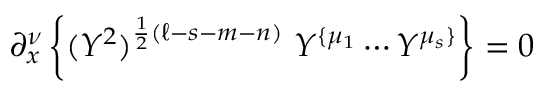
\partial _ { x } ^ { \nu } \left\{ ( Y ^ { 2 } ) ^ { \frac { 1 } { 2 } ( \ell - s - m - n ) } \ Y ^ { \{ \mu _ { 1 } } \cdots Y ^ { \mu _ { s } \} } \right\} = 0